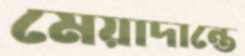
মেয়াদান্তে